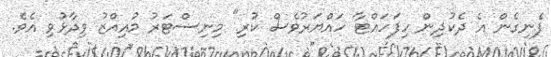
ފެނިގެން އެ ދެކުދިން ހިފަހައްޓާ ހައްޔަރުވެސް ކުރި" މިނިސްޓަރު މުއިއްޒު ވިދާޅުވި އެވެ.